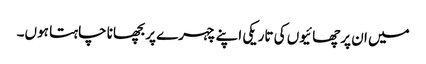
میں ان پرچھائیوں کی تاریکی اپنے چہرے پر بچھانا چاہتا ہوں۔